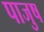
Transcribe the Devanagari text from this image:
पाजुष